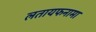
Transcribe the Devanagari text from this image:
लतायफनामा